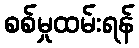
စစ်မှုထမ်းရန်